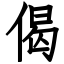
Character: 偈